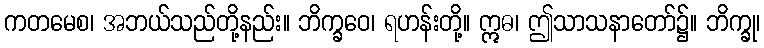
ကတမေစ၊ အဘယ်သည်တို့နည်း။ ဘိက္ခဝေ၊ ရဟန်းတို့။ ဣဓ၊ ဤသာသနာတော်၌။ ဘိက္ခု၊